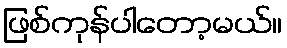
ဖြစ်ကုန်ပါတော့မယ်။